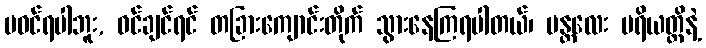
မဝင်ရပါဘူး, ဝင်ချင်ရင် တခြားကျောင်းတိုက် သွားနေကြရပါတယ်၊ မန္တလေး ပရိယတ္တိနဲ့